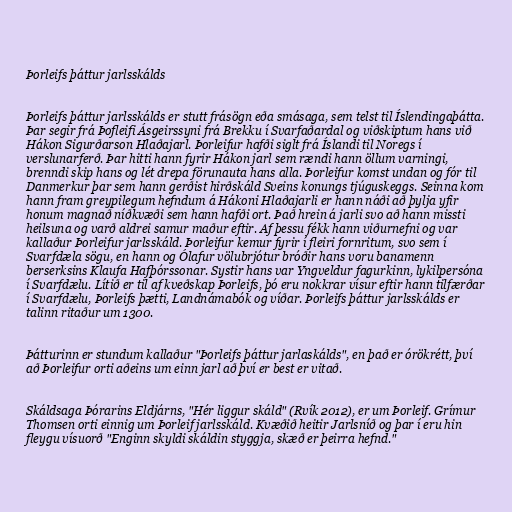
Þorleifs þáttur jarlsskálds

Þorleifs þáttur jarlsskálds er stutt frásögn eða smásaga, sem telst til Íslendingaþátta.
Þar segir frá Þofleifi Ásgeirssyni frá Brekku í Svarfaðardal og viðskiptum hans við
Hákon Sigurðarson Hlaðajarl. Þorleifur hafði siglt frá Íslandi til Noregs í
verslunarferð. Þar hitti hann fyrir Hákon jarl sem rændi hann öllum varningi,
brenndi skip hans og lét drepa förunauta hans alla. Þorleifur komst undan og fór til
Danmerkur þar sem hann gerðist hirðskáld Sveins konungs tjúguskeggs. Seinna kom
hann fram greypilegum hefndum á Hákoni Hlaðajarli er hann náði að þylja yfir
honum magnað níðkvæði sem hann hafði ort. Það hrein á jarli svo að hann missti
heilsuna og varð aldrei samur maður eftir. Af þessu fékk hann viðurnefni og var
kallaður Þorleifur jarlsskáld. Þorleifur kemur fyrir í fleiri fornritum, svo sem í
Svarfdæla sögu, en hann og Ólafur völubrjótur bróðir hans voru banamenn
berserksins Klaufa Hafþórssonar. Systir hans var Yngveldur fagurkinn, lykilpersóna
í Svarfdælu. Lítið er til af kveðskap Þorleifs, þó eru nokkrar vísur eftir hann tilfærðar
í Svarfdælu, Þorleifs þætti, Landnámabók og víðar. Þorleifs þáttur jarlsskálds er
talinn ritaður um 1300.

Þátturinn er stundum kallaður "Þorleifs þáttur jarlaskálds", en það er órökrétt, því
að Þorleifur orti aðeins um einn jarl að því er best er vitað.

Skáldsaga Þórarins Eldjárns, "Hér liggur skáld" (Rvík 2012), er um Þorleif. Grímur
Thomsen orti einnig um Þorleif jarlsskáld. Kvæðið heitir Jarlsníð og þar í eru hin
fleygu vísuorð "Enginn skyldi skáldin styggja, skæð er þeirra hefnd."